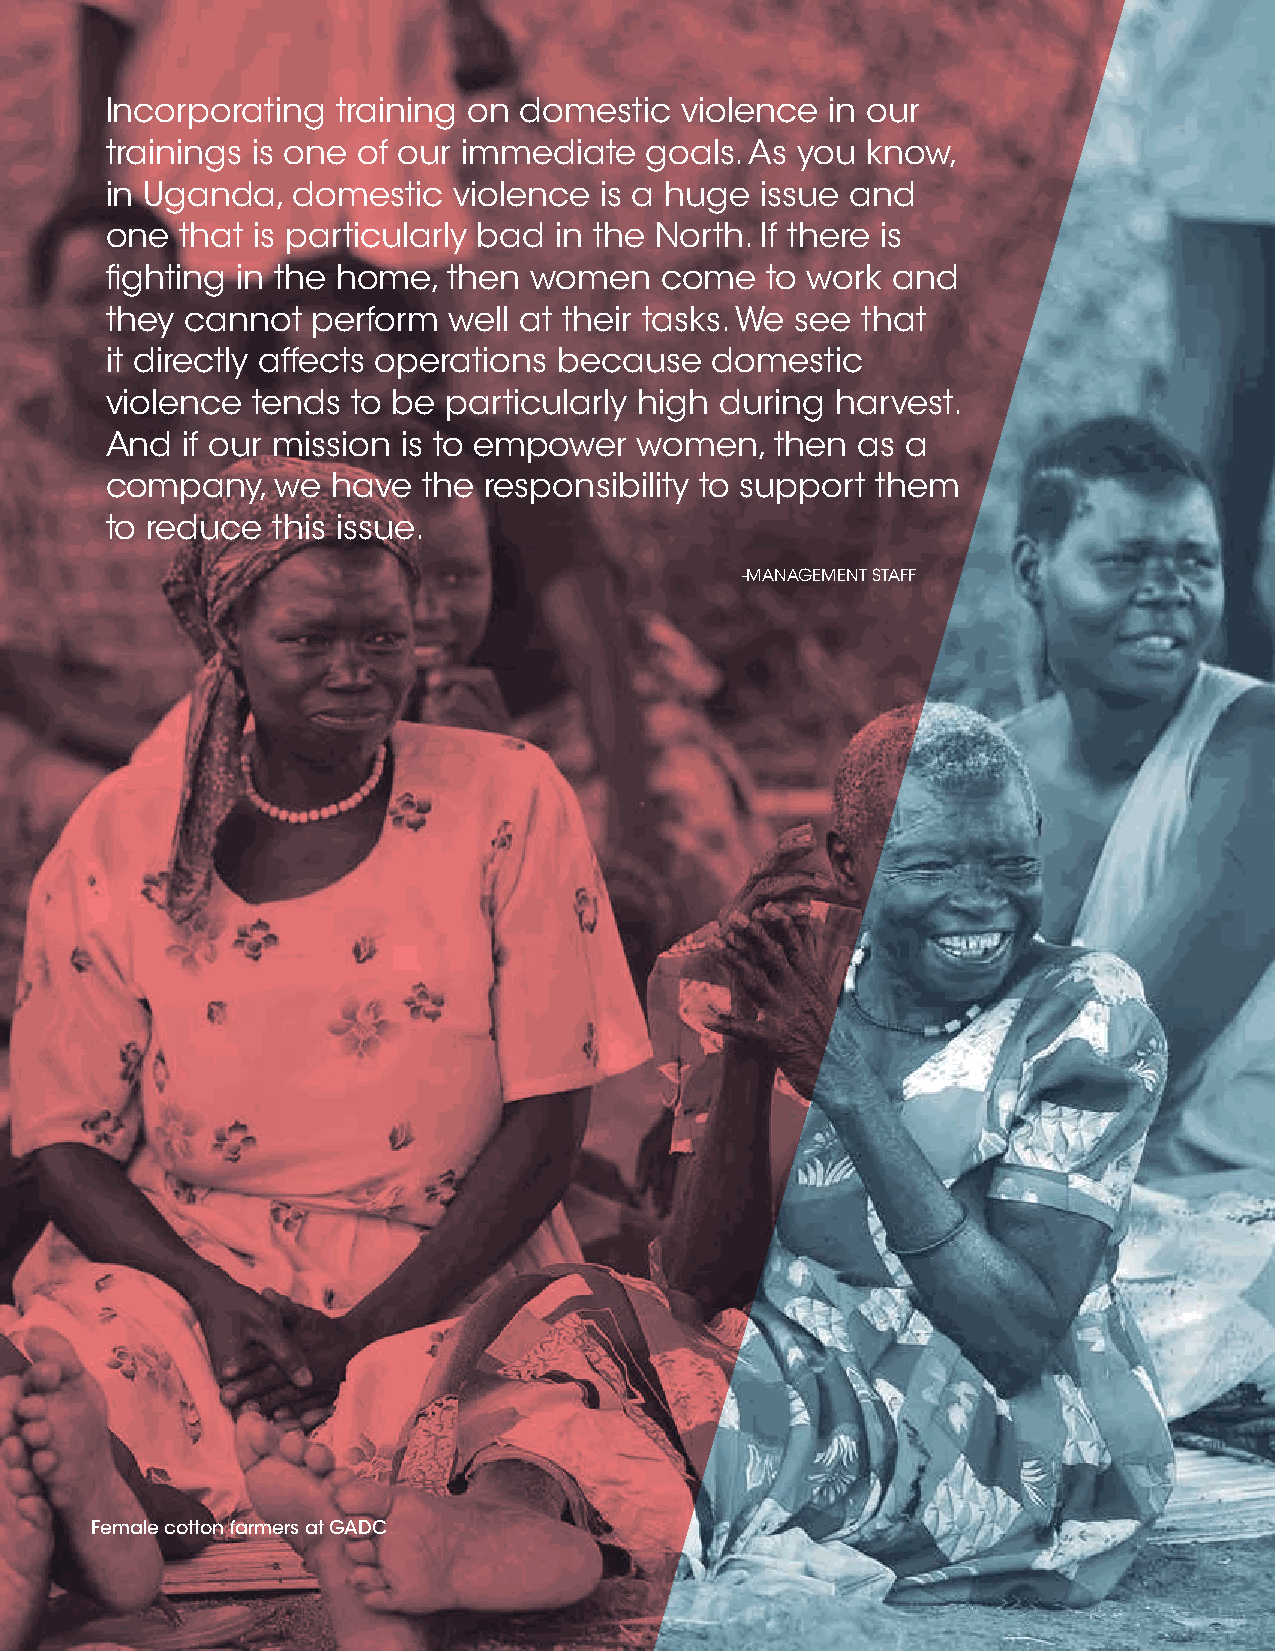
Incorporating  training on domestic   violence  in our
 trainings is one of our immediate   goals. As you know,
 in Uganda,  domestic   violence  is a huge issue and
 one  that is particularly bad in the North. If there is
 fighting in the home,  then women    come   to work and
 they cannot   perform  well at their tasks. We see that
 it directly affects operations because  domestic
 violence  tends to be  particularly high during harvest.
 And  if our mission is to empower  women,   then  as a
 company,   we  have  the responsibility to support them
 to reduce  this issue.
 -MANAGEMENT STAFF
 Female cotton farmers at GADC